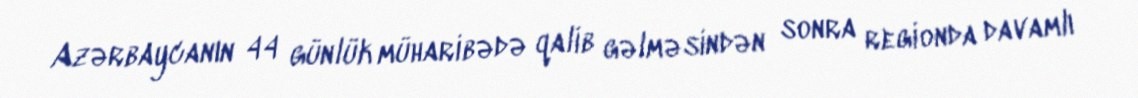
Azərbaycanın 44 günlük müharibədə qalib gəlməsindən sonra regionda davamlı